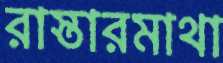
রাস্তারমাথা